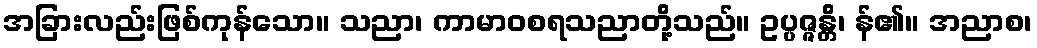
အခြားလည်းဖြစ်ကုန်သော။ သညာ၊ ကာမာဝစရသညာတို့သည်။ ဥပ္ပဇ္ဇန္တိ၊ န်၏။ အညာစ၊